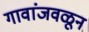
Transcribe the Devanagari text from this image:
गावांजवळून